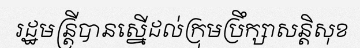
រដ្ឋមន្ត្រីបានស្នើដល់ក្រុមប្រឹក្សាសន្តិសុខ